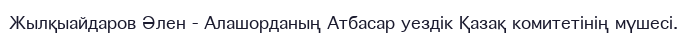
Жылқыайдаров Әлен - Алашорданың Атбасар уездік Қазақ комитетінің мүшесі.